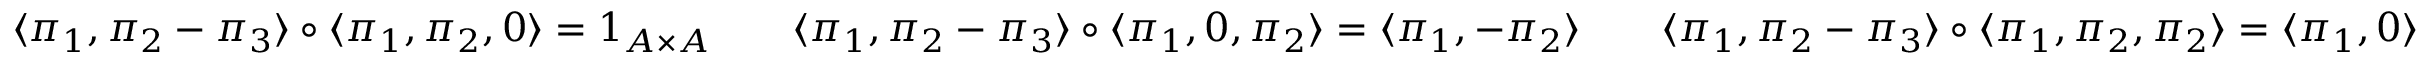
\begin{array} { r l r l r } { \langle \pi _ { 1 } , \pi _ { 2 } - \pi _ { 3 } \rangle \circ \langle \pi _ { 1 } , \pi _ { 2 } , 0 \rangle = 1 _ { A \times A } } & { } & { \langle \pi _ { 1 } , \pi _ { 2 } - \pi _ { 3 } \rangle \circ \langle \pi _ { 1 } , 0 , \pi _ { 2 } \rangle = \langle \pi _ { 1 } , - \pi _ { 2 } \rangle } & { } & { \langle \pi _ { 1 } , \pi _ { 2 } - \pi _ { 3 } \rangle \circ \langle \pi _ { 1 } , \pi _ { 2 } , \pi _ { 2 } \rangle = \langle \pi _ { 1 } , 0 \rangle } \end{array}